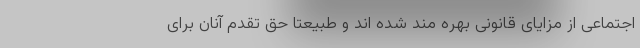
اجتماعی از مزایای قانونی بهره مند شده اند و طبیعتا حق تقدم آنان برای